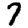
Digit: 7